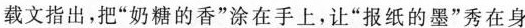
载文指出，把”奶糖的香”涂在手上，让”报纸的墨”秀在身